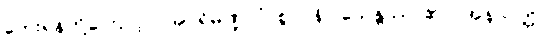
ဘေးရန်တို့ကြောင့်။ (အပရိမဏ္ဍလံ၊ စွာ။ နိဝါသေန္တဿ၊ ၏။) အနာပတ္တိ